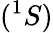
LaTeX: (^{1}S)